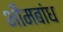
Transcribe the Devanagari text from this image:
भीमबांध